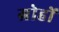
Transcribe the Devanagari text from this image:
ग्रोहों